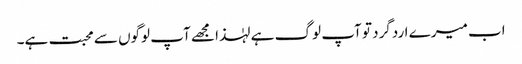
اب میرے اردگرد تو آپ لوگ ہے لہٰذا مجھے آپ لوگوں سے محبت ہے۔